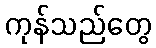
ကုန်သည်တွေ